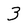
Character: 3